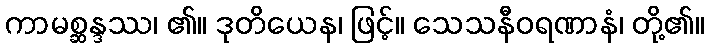
ကာမစ္ဆန္ဒဿ၊ ၏။ ဒုတိယေန၊ ဖြင့်။ သေသနီဝရဏာနံ၊ တို့၏။